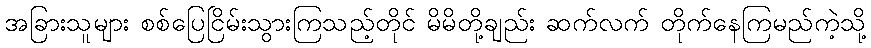
အခြားသူများ စစ်ပြေငြိမ်းသွားကြသည့်တိုင် မိမိတို့ချည်း ဆက်လက် တိုက်နေကြမည်ကဲ့သို့